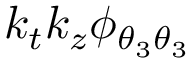
k _ { t } k _ { z } \phi _ { { \theta _ { 3 } } { \theta _ { 3 } } }